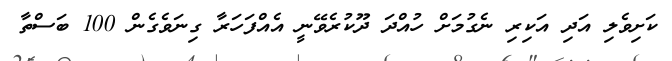
ކަށިވެލި އަދި އަކިރި ނެގުމަށް ހުއްދަ ދޫކުރެވޭނީ އެއްފަހަރާ ގިނަވެގެން 100 ބަސްތާ